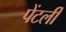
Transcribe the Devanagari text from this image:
पेंटर्ली